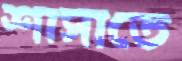
শাসাতে